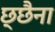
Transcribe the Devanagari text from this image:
छ्छैना